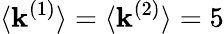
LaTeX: \langle\mathbf{k}^{(1)}\rangle=\langle\mathbf{k}^{(2)}\rangle=5